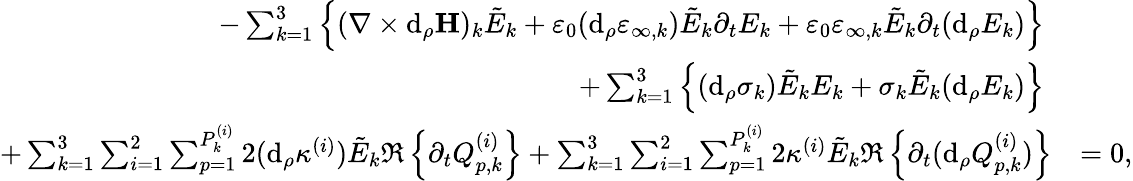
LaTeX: \begin{array}{rl}{-\sum_{k=1}^{3}\left\{ (\nabla\times\mathrm{d}_{\rho}\mathbf{H})_{k}\tilde{E}_{k}+\varepsilon_{0}(\mathrm{d}_{\rho}\varepsilon_{\infty,k})\tilde{E}_{k}\partial_{t}E_{k}+\varepsilon_{0}\varepsilon_{\infty,k}\tilde{E}_{k}\partial_{t}(\mathrm{d}_{\rho}E_{k})\right\} \; }&{}\\ {+\sum_{k=1}^{3}\left\{ (\mathrm{d}_{\rho}\sigma_{k})\tilde{E}_{k}E_{k}+\sigma_{k}\tilde{E}_{k}(\mathrm{d}_{\rho}E_{k})\right\} \; }&{}\\ {+\sum_{k=1}^{3}\sum_{i=1}^{2}\sum_{p=1}^{P_{k}^{(i)}}2(\mathrm{d}_{\rho}\kappa^{(i)})\tilde{E}_{k}\Re\left\{ \partial_{t}Q_{p,k}^{(i)}\right\} +\sum_{k=1}^{3}\sum_{i=1}^{2}\sum_{p=1}^{P_{k}^{(i)}}2\kappa^{(i)}\tilde{E}_{k}\Re\left\{ \partial_{t}(\mathrm{d}_{\rho}Q_{p,k}^{(i)})\right\} }&{=0,}\end{array}